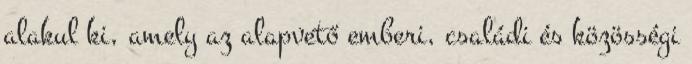
alakul ki, amely az alapvető emberi, családi és közösségi